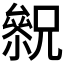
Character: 𠬓